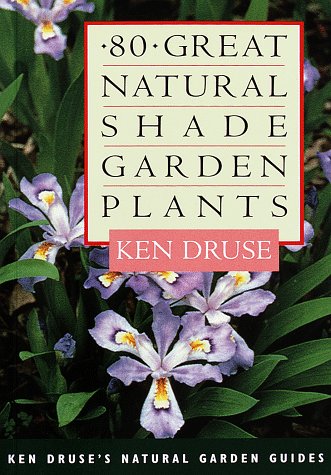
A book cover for Eighty Great Natural Shade Garden Plants (Ken Druse's Natural Garden Guides); Ken Druse; Crafts, Hobbies & Home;